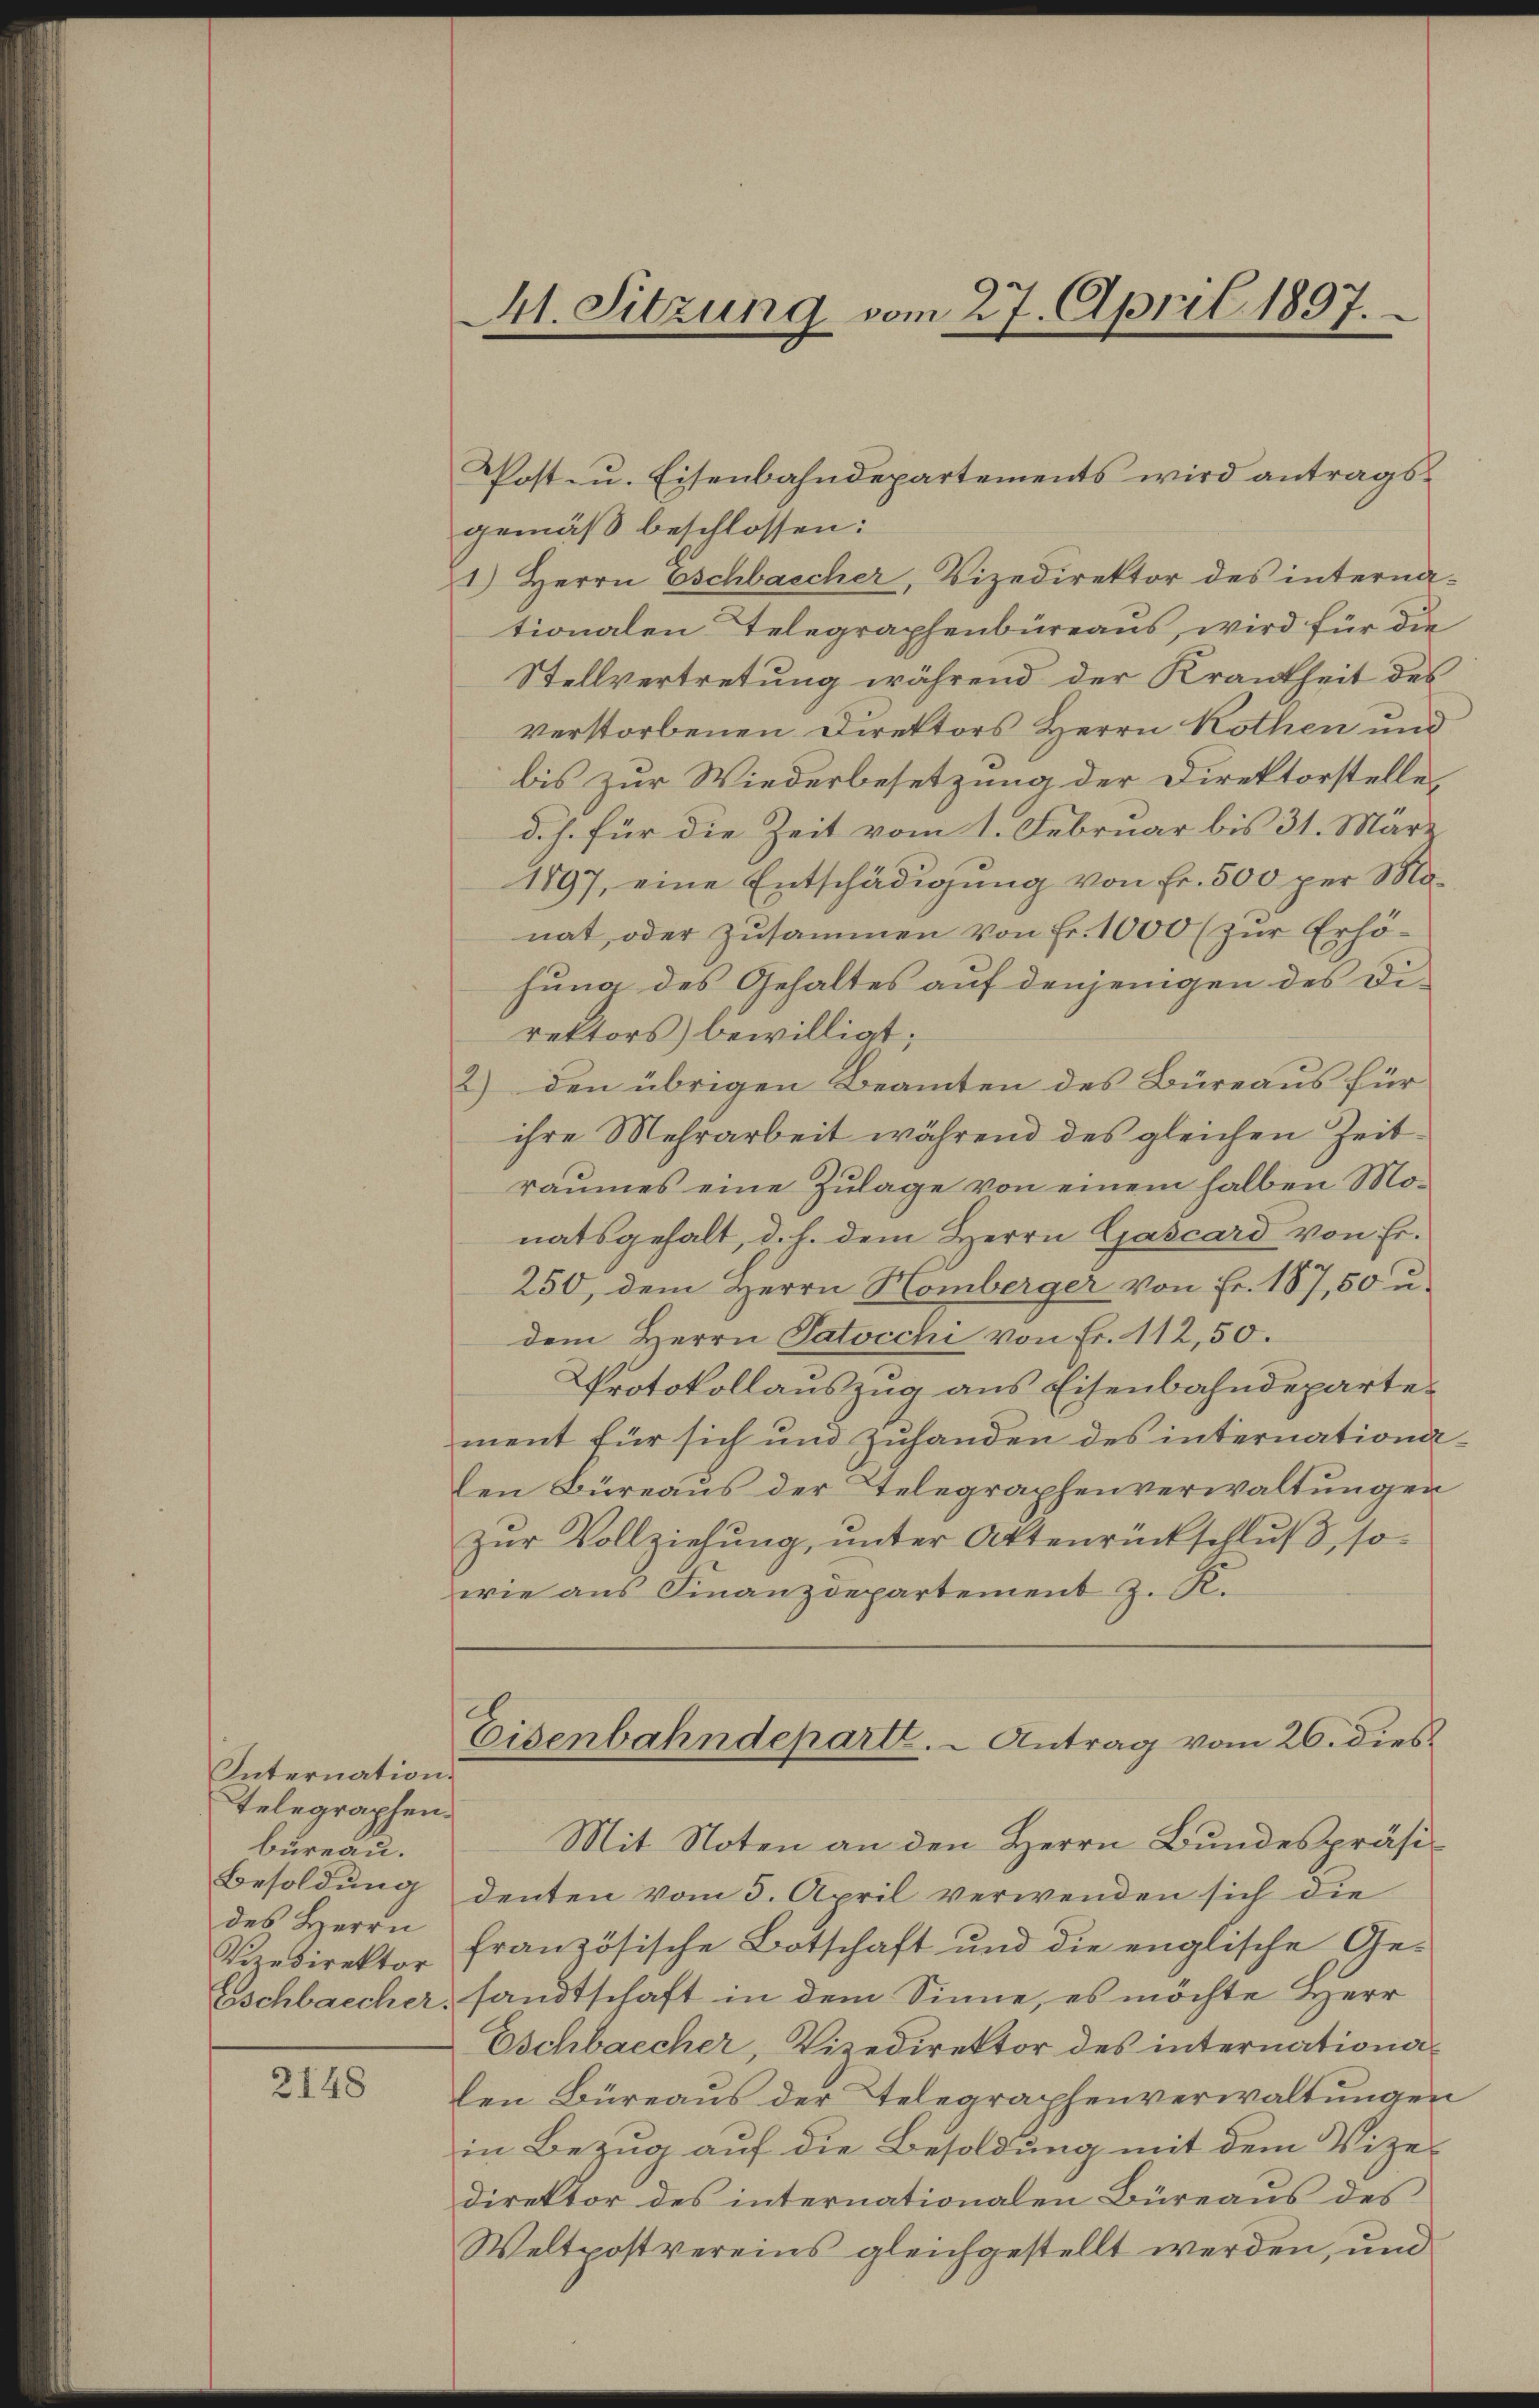
Internation.
Telegraphen.
büreau.
Besoldung
des Herrn
Vizedirektor
Eschbaecher.

2148

41. Sitzung vom 27. April 1897.

gemäß beschlossen:
1.) Herrn Eschbaecher, Vizedirektor des interna-
tionalen Telegraphenbüreaus, wird für die
Stellvertretung während der Krankheit des
verstorbenen Direktors Herrn Rothen und
bis zur Wiederbesetzung der Direktorstelle
d. J. für die Zeit vom 1. Februar bis 31. März
1897, eine Entschädigŭng von Fr. 500 per Monat, oder zusammen von Fr. 1000 (zur Erhöhung des Gehaltes auf denjenigen des Direktors) bewilligt;
2) den übrigen Beamten des Büreaus für
ihre Mehrarbeit während des gleichen Zeitraumes eine Zulage von einem halben Monatsgehalt, d. h. dem Herrn Gascard von Er-
250, dem Herrn Homberger von Fr. 187, 50 u.
dem Herrn Patocchi von Fr. 112,50.
Protokollauszug aus Eisenbahndepartement für sich und zuhanden des internationaden Büreaŭs der Telegraphenverwaltŭngen
zŭr Vollziehŭng ŭnter Aktenrückschluß, so
wie aus Finanzdepartement z. R.
Eisenbahndeparte. - Antrag vom 26. dies
Mit Noten an den Herrn Bundespräsidenten vom 3. April verwenden sich die
französische Botschaft und die englische Gesandtschaft in dem Sinne, es möchte Herr
Eschbaecher, Vizedirektor des internationalen Büreaus der Telegraphenverwaltungen
in Bezug auf die Besoldung mit dem Vizedirektor des internationalen Büreaus des
Weltpostvereins gleichgestellt werden, und

Post- u. Eisenbahndepartements wird antrags¬